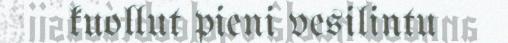
kuollut pieni vesilintu